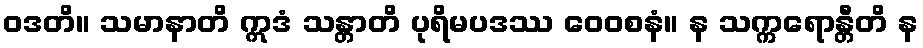
ဝဒတိ။ သမာနာတိ ဣဒံ သန္တာတိ ပုရိမပဒဿ ဝေဝစနံ။ န သက္ကရောန္တီတိ န